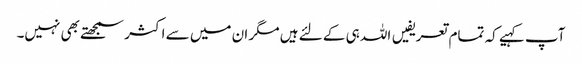
آپ کہیے کہ تمام تعریفیں اللہ ہی کے لئے ہیں مگر ان میں سے اکثر سمجھتے بھی نہیں۔